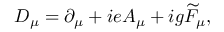
D _ { \mu } = \partial _ { \mu } + i e A _ { \mu } + i g \widetilde { F } _ { \mu } ,